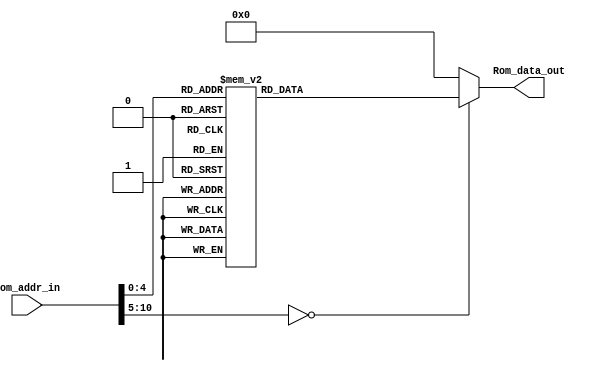
module Program_Rom(Rom_data_out, Rom_addr_in);

//---------
    output [13:0] Rom_data_out;
    input [10:0] Rom_addr_in; 
//---------
    
    reg   [13:0] data;
    wire  [13:0] Rom_data_out;
    
    always @(Rom_addr_in)
        begin
            case (Rom_addr_in)
                11'h0 : data = 14'h3018;
                11'h1 : data = 14'h00A6;
                11'h2 : data = 14'h303B;
                11'h3 : data = 14'h01A1;
                11'h4 : data = 14'h01A2;
                11'h5 : data = 14'h00A5;
                11'h6 : data = 14'h3207;
                11'h7 : data = 14'h0BA6;
                11'h8 : data = 14'h3201;
                11'h9 : data = 14'h33F6;
                11'ha : data = 14'h0AA1;
                11'hb : data = 14'h01A2;
                11'hc : data = 14'h303B;
                11'hd : data = 14'h00A5;
                11'he : data = 14'h0AA2;
                11'hf : data = 14'h0BA5;
                11'h10 : data = 14'h33FD;
                11'h11 : data = 14'h33F5;
                11'h12 : data = 14'h2812;
                11'h13 : data = 14'h3400;
                11'h14 : data = 14'h3400;
                default: data = 14'h0;   
            endcase
        end

     assign Rom_data_out = data;

endmodule